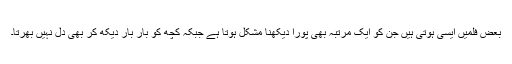
بعض فلمیں ایسی ہوتی ہیں جن کو ایک مرتبہ بھی پورا دیکھنا مشکل ہوتا ہے جبکہ کچھ کو بار بار دیکھ کر بھی دل نہیں بھرتا۔